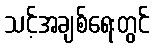
သင့်အချစ်ရေးတွင်